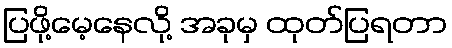
ပြဖို့မေ့နေလို့ အခုမှ ထုတ်ပြရတာ